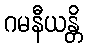
ဂမနီယန္တိ